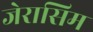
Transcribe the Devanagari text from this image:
जेरासिम